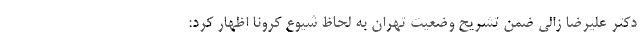
دکتر علیرضا زالی ضمن تشریح وضعیت تهران به لحاظ شیوع کرونا اظهار کرد: